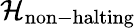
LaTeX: {\mathcal{H}}_{\mathrm{non-halting}}